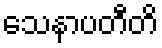
သေနာပတီတိ